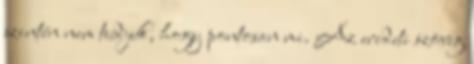
szintén nem tudjuk, hogy pontosan mi. Az eredeti szöveg